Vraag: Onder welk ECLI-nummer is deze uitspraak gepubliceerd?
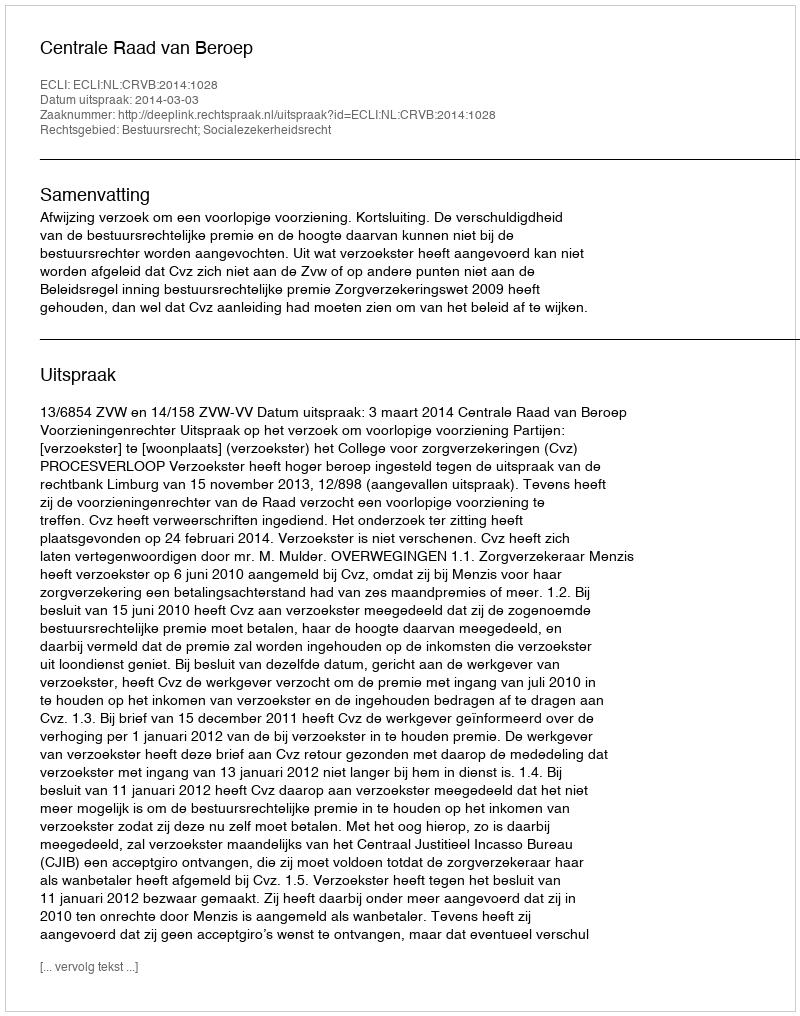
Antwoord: ECLI:NL:CRVB:2014:1028